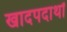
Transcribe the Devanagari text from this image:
खादपदार्थों